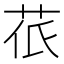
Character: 𮎱